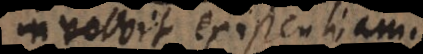
involvit existentiam.